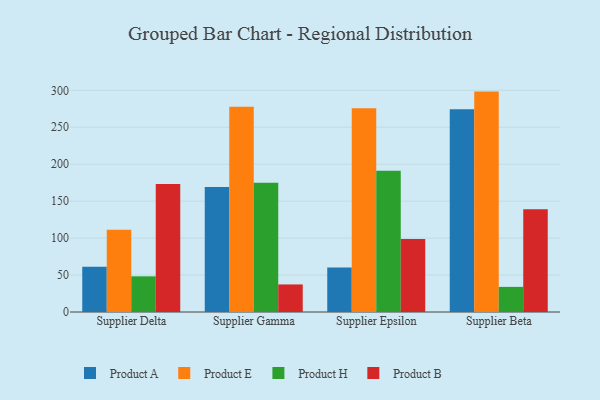
{"axis": {"x": "Supplier", "y": "Production Output"}, "legend": ["Product A", "Product B", "Product E", "Product H"], "data": [{"x": "Supplier Delta", "y": 61.4, "type": "Product A"}, {"x": "Supplier Delta", "y": 111.4, "type": "Product E"}, {"x": "Supplier Delta", "y": 48.3, "type": "Product H"}, {"x": "Supplier Delta", "y": 173.1, "type": "Product B"}, {"x": "Supplier Gamma", "y": 169.3, "type": "Product A"}, {"x": "Supplier Gamma", "y": 277.7, "type": "Product E"}, {"x": "Supplier Gamma", "y": 174.8, "type": "Product H"}, {"x": "Supplier Gamma", "y": 37.3, "type": "Product B"}, {"x": "Supplier Epsilon", "y": 60.2, "type": "Product A"}, {"x": "Supplier Epsilon", "y": 275.9, "type": "Product E"}, {"x": "Supplier Epsilon", "y": 191.2, "type": "Product H"}, {"x": "Supplier Epsilon", "y": 98.8, "type": "Product B"}, {"x": "Supplier Beta", "y": 274.4, "type": "Product A"}, {"x": "Supplier Beta", "y": 298.3, "type": "Product E"}, {"x": "Supplier Beta", "y": 34.0, "type": "Product H"}, {"x": "Supplier Beta", "y": 139.1, "type": "Product B"}]}